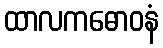
ထာလကဓောဝနံ